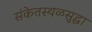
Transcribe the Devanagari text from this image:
संकेतस्थळसुद्धा